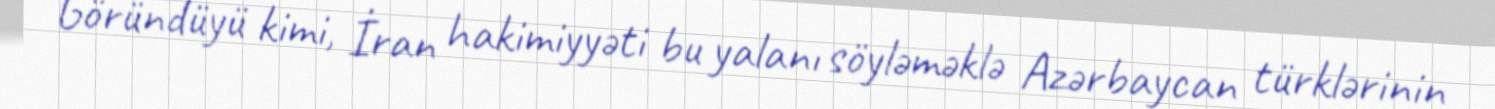
Göründüyü kimi, İran hakimiyyəti bu yalanı söyləməklə Azərbaycan türklərinin